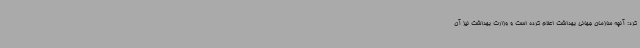
کرد: آنچه سازمان جهانی بهداشت اعلام کرده است و وزارت بهداشت نیز آن